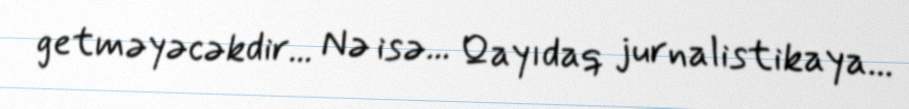
getməyəcəkdir... Nə isə... Qayıdaq jurnalistikaya...